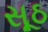
સૂઠ